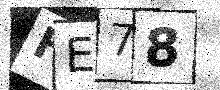
Text: HE78